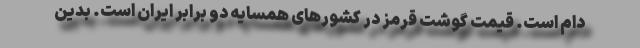
دام است. قیمت گوشت قرمز در کشورهای همسایه دو برابر ایران است. بدین